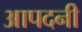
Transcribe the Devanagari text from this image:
आपदनी